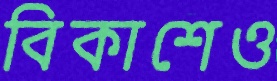
বিকাশেও